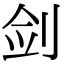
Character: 剑